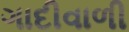
ગાદીવાળી